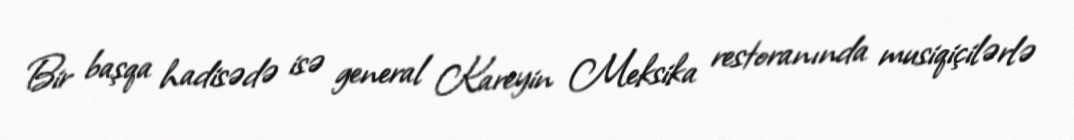
Bir başqa hadisədə isə general Kareyin Meksika restoranında musiqiçilərlə